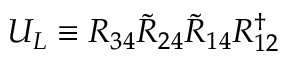
U _ { L } \equiv R _ { 3 4 } \widetilde { R } _ { 2 4 } \widetilde { R } _ { 1 4 } R _ { 1 2 } ^ { \dagger }